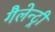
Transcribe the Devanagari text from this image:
गैलेन्ट्री